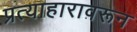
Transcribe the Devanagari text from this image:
प्रत्याहारावरून